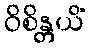
ဝိစိန္တယိံ